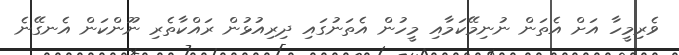
ވެރިމީހާ އަށް އެތަން ނުނިމޭކަމާއި މީހުން އެތަނުގައި ދިރިއުޅުން ރައްކާތެރި ނޫންކަން އެނގޭނެ